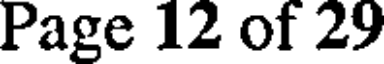
Page 12 of 29